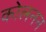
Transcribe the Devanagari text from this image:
कोलनन